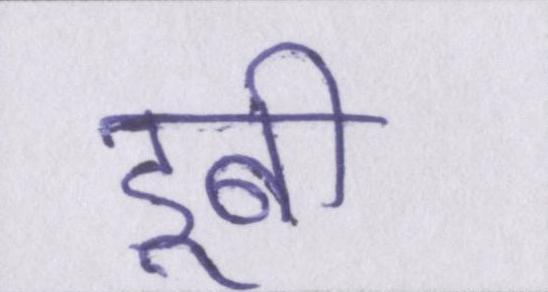
डूबी